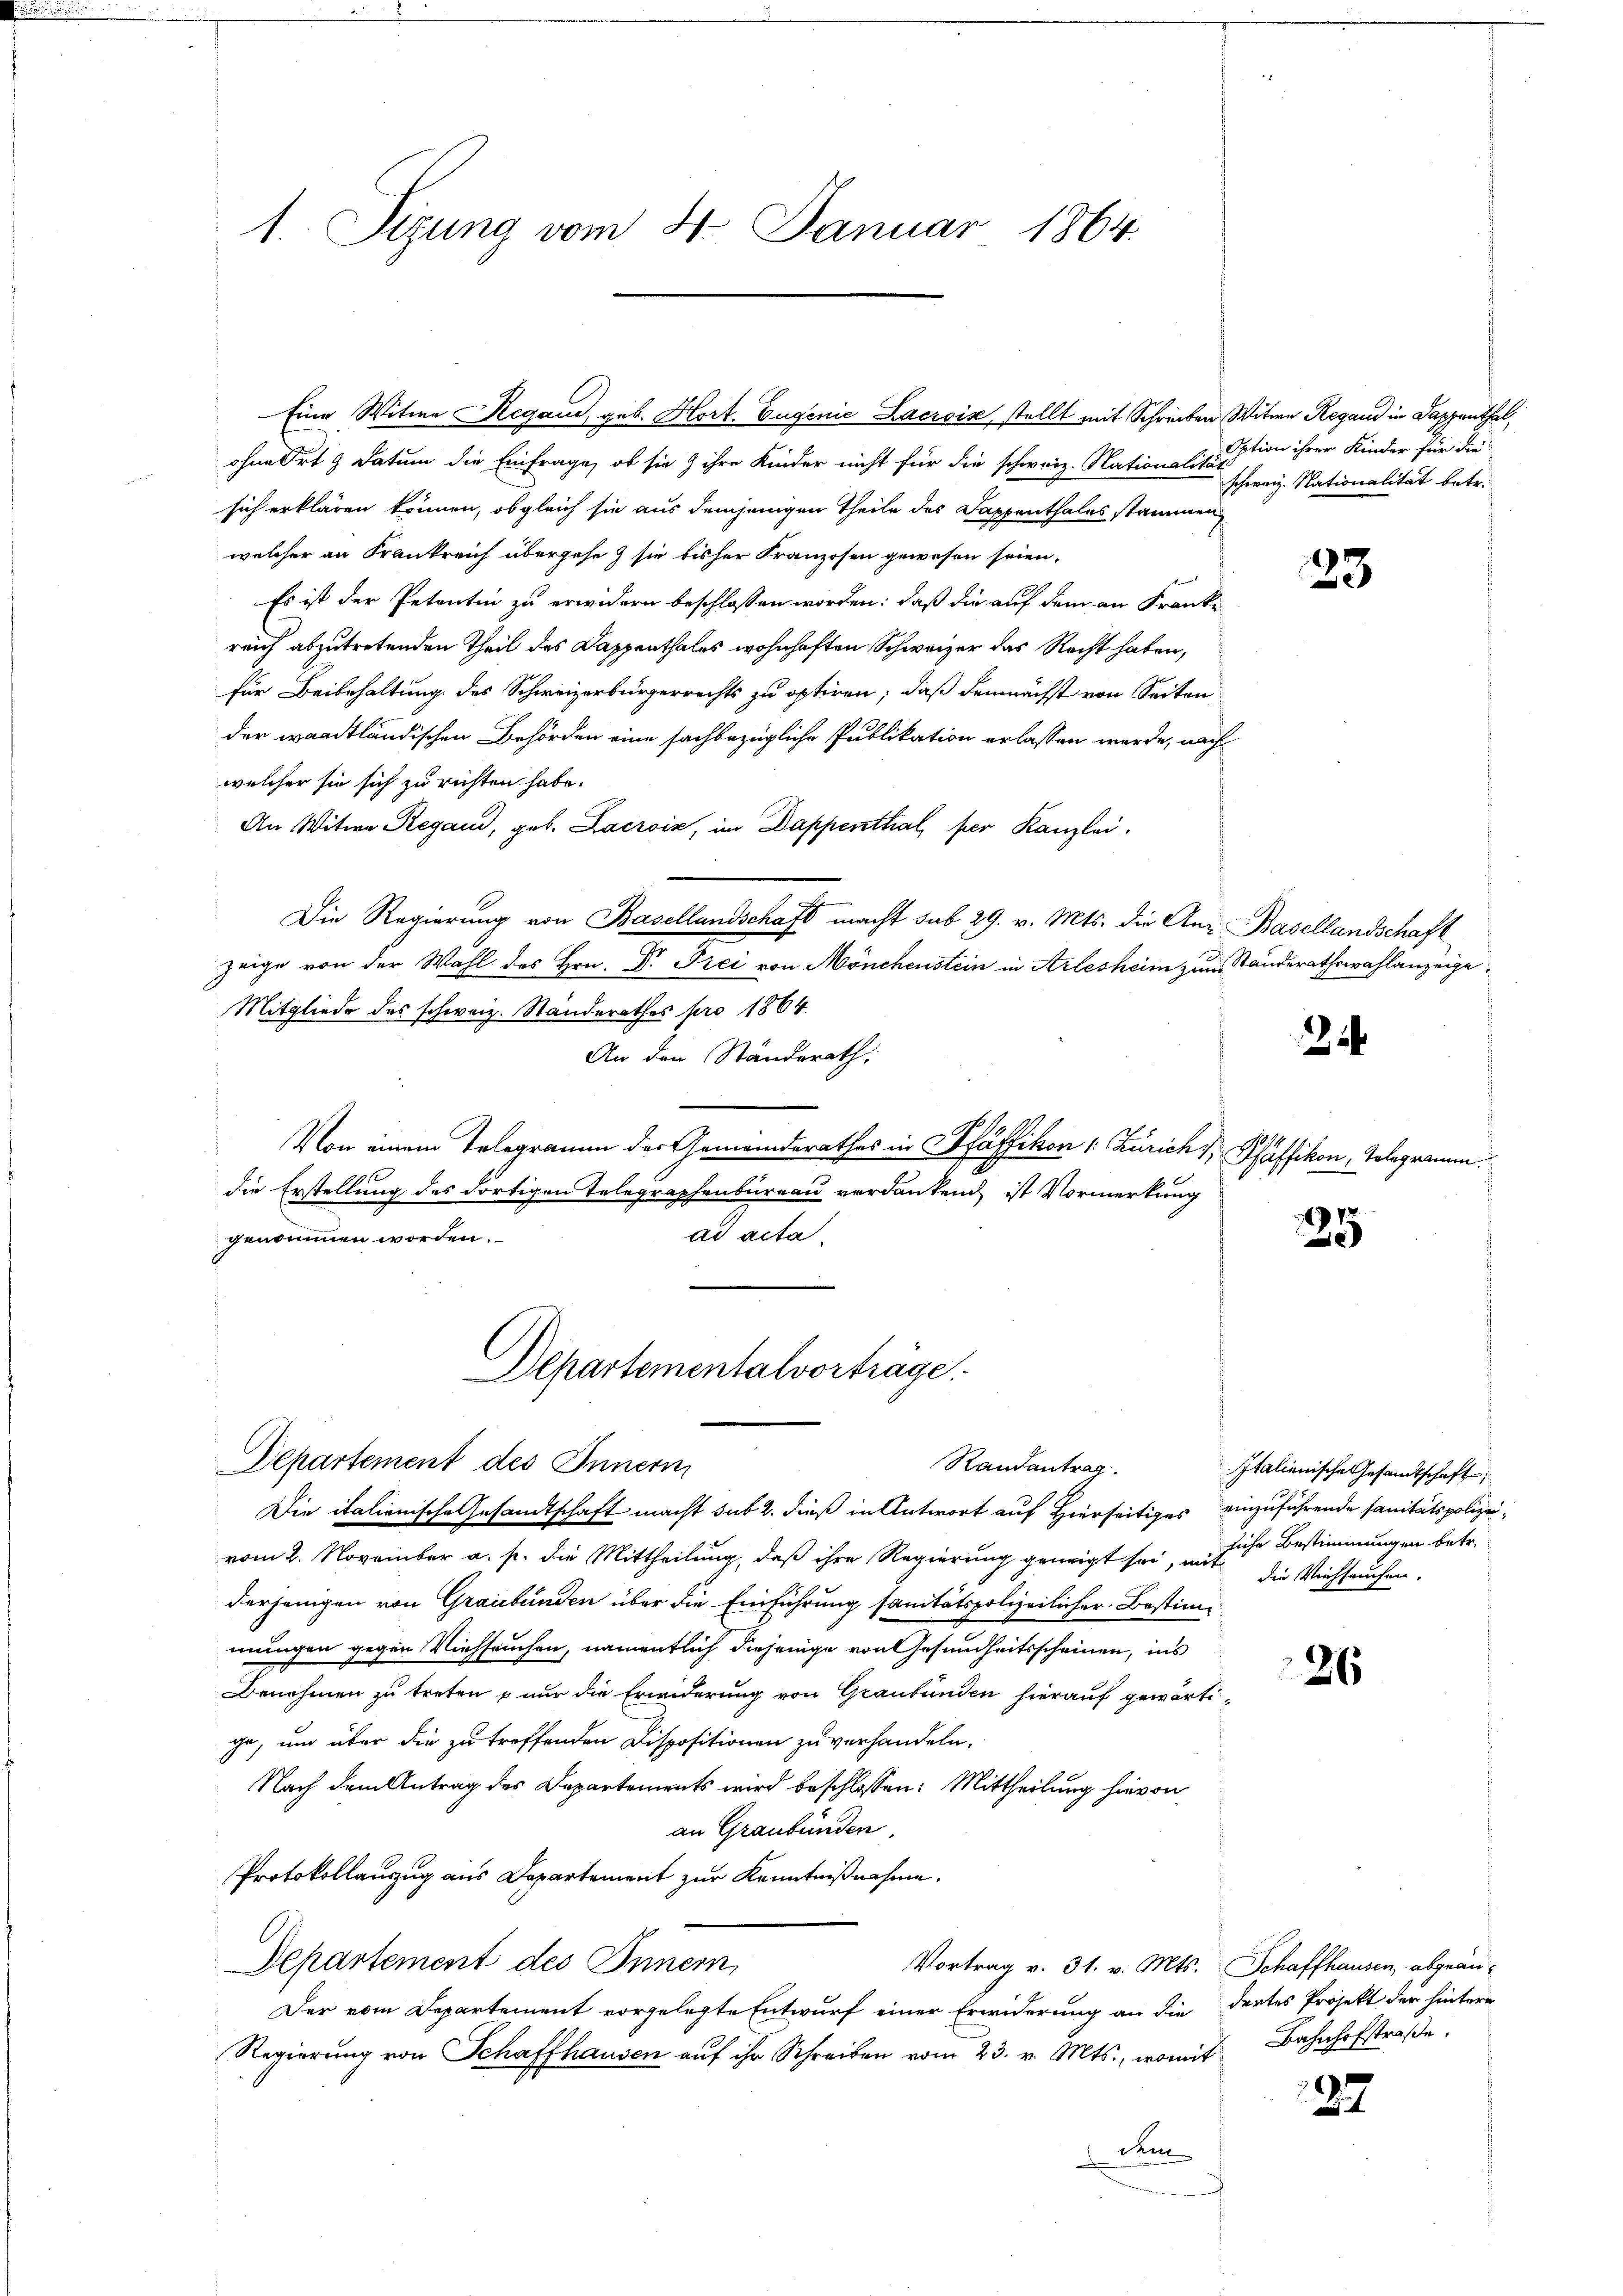
1. Sizung vom 4. Januar 1864.

ohne Ort & Datum die Einfrage, ob sie & ihre Kinder nicht für die schweiz. Nationalitär
sich erklären können, obgleich sie aus demjenigen Theile des Dappenthales stammen
welcher an Frankreich übergehe & sie bisher Franzosen gewesen seien.
Es ist der Petentin zu erwidern beschlossen worden: daß die auf dem an Franke
reich abzutretenden Theil des Dappenthales wohnhaften Schweizer das Recht haben,
für Beibehaltung des Schweizerbürgerrechts zu optiren; daß demnächst von Seiten
der waadtländischen Behörden eine sachbezügliche Publikation erlassen werde, nach
welcher sie sich zu richten habe.
An Witwe Regand, geb. Lacroix, im Dappenthal, per Kanzlei.
Die Regierŭng von Basellandschaft macht sub 29. v. Mts. die Aer Basellandschaft
zeige von der Wahl des Hrn. Dr. Frei von Mönchenstein in Arlesheim zum Standerathswahlanzeige
Mitgliede des schweiz. Standerathes pro 1864.
An den Ständerath.
Von einem Telegramm der Gemeinderathes in Pfäffikon (: Zürich, Pfäffikon, Gelegramm.
die Erstellung des dortigen Telegraphenbureau verdankend ist Vormerkung
ad acta.
genommen worden.

Eine Witwe Regaud, geb. Hort. Eugenie Lacrois, stellt mit Schreiben Witwe Regand in Dappenthal

Departementalvorträge.
Departement des Innern
Randantrag.

Die italienische Gesandtschaft macht sub 2. dieß in Antwort auf Hierseitiges einzuführende sanitätspolizeivom 2. November a. p. die Mittheilung, daß ihre Regierung geneigt sei, mit
derjenigen von Graubünden über die Einführung sanitätspolizeilicher Bestimmungen gegen Viehseuchen, namentlich diejenige von Gesundheitsscheinen, ins
Benehmen zu treten – nur die Erwiderung von Graubünden hierauf gewärtige, um über die zu treffenden Dispositionen zu verhandeln.
Nach dem Antrag des Departements wird beschlossen: Mittheilung hievon
an Graubünden.
Protokollauszug aus Departement zur Kenntnißnahme.
Departement des Innern,
Vortrag v. 31. v. Mts. Schaffhausen, abgeän¬
Der vom Departement vorgelegte Entwurf einer Erwiderung an die dertes Projekt der hintere
Regierŭng von Schaffhausen aŭf ihr Schreiben vom 23. v. Mts., womit Bahnhofstraβe.
r

Option ihrer Kinder für die
schweiz. Nationalität betr.

23

2

25

Italienische Gesandtschaft,
liche Bestimmungen betr.
die Viehseuchen.

26

27